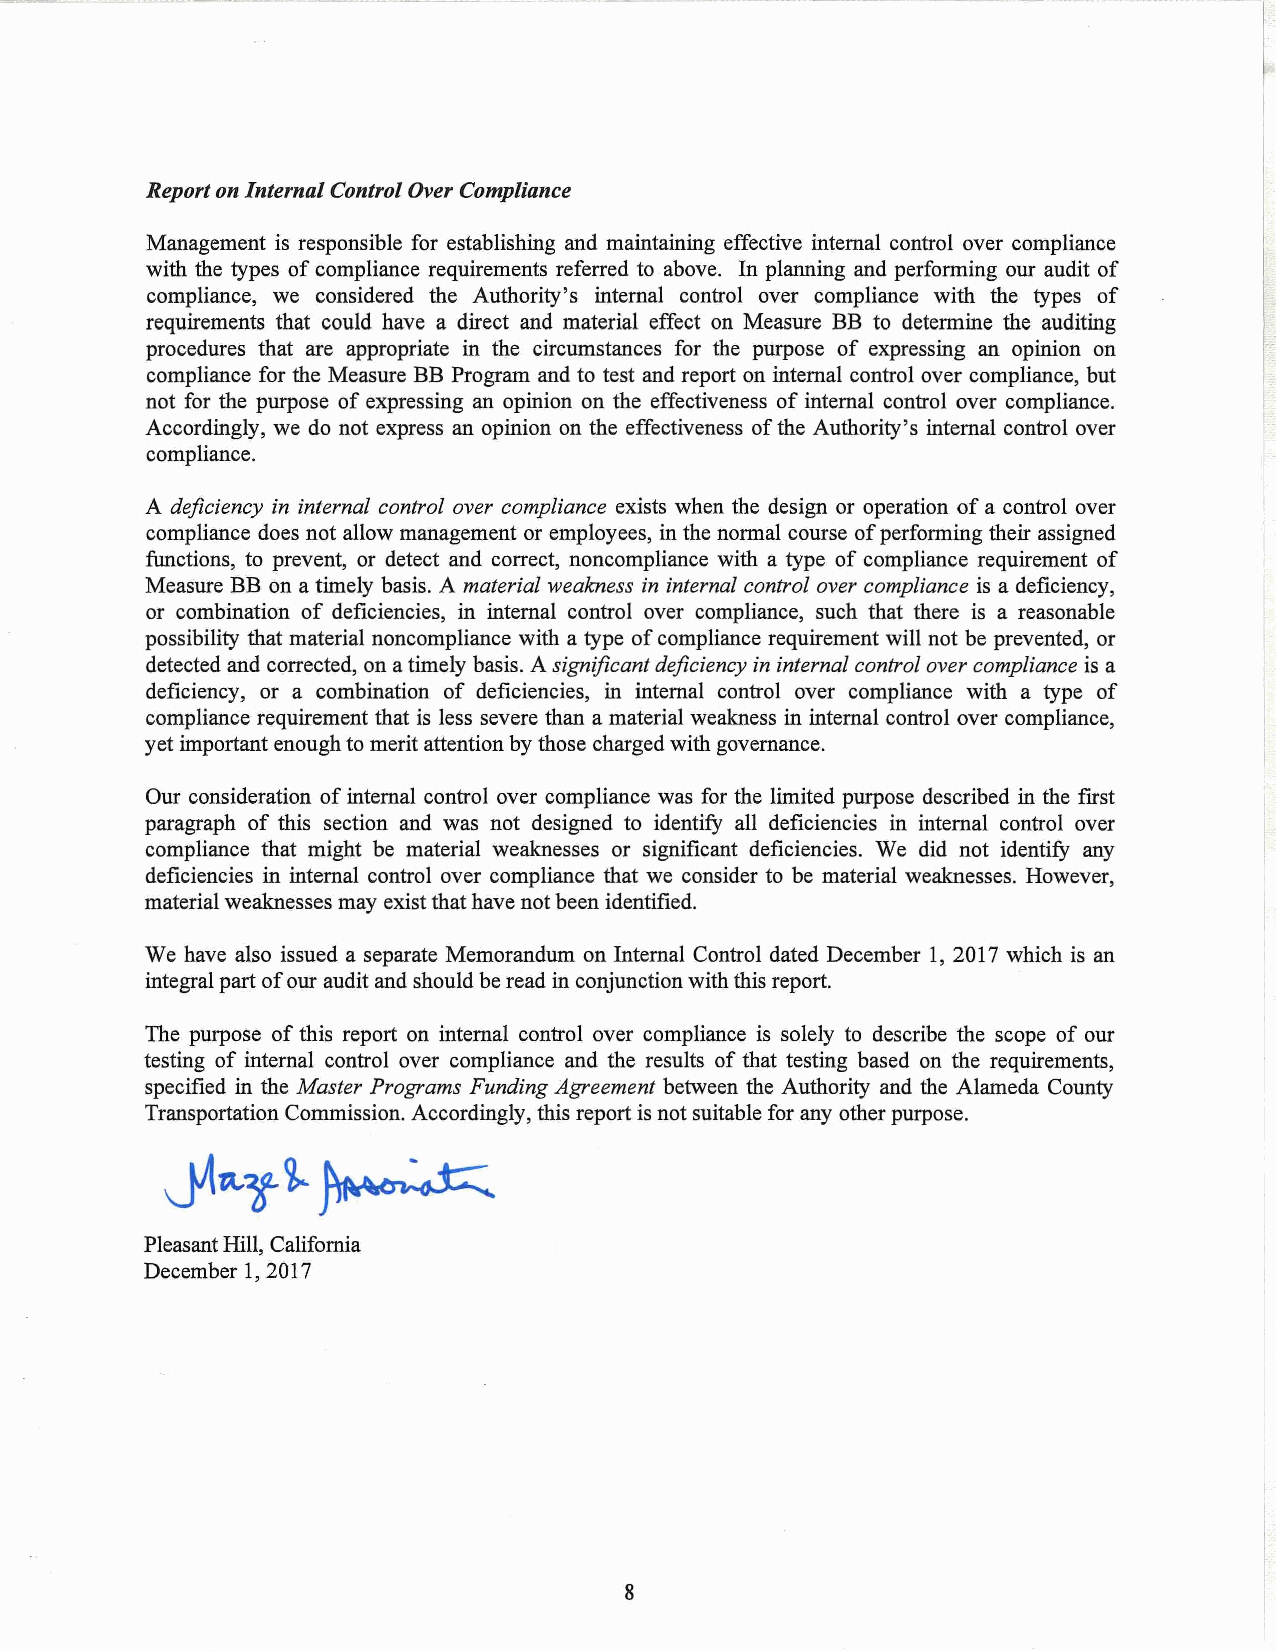
Report on Internal Control Over Compliance
 Management is responsible for establishing and maintaining effective internal control over compliance
 with the types of compliance requirements referred to above. In planning and performing our audit of
 compliance, we considered the Authority's internal control over compliance with the types of
 requirements that could have a direct and material effect on Measure BB to determine the auditing
 procedures that are appropriate in the circumstances for the purpose of expressing an opinion on
 compliance for the Measure BB Program and to test and report on internal control over compliance, but
 not for the purpose of expressing an opinion on the effectiveness of internal control over compliance.
 Accordingly, we do not express an opinion on the effectiveness of the Authority's internal control over
 compliance.
 A deficiency in internal control over compliance exists when the design or operation of a control over
 compliance does not allow management or employees, in the normal course of performing their assigned
 functions, to prevent, or detect and correct, noncompliance with a type of compliance requirement of
 Measure BB on a timely basis. A material weakness in internal control over compliance is a deficiency,
 or combination of deficiencies, in internal control over compliance, such that there is a reasonable
 possibility that material noncompliance with a type of compliance requirement will not be prevented, or
 detected and corrected, on a timely basis. A significant deficiency in internal control over compliance is a
 deficiency, or a combination of deficiencies, in internal control over compliance with a type of
 compliance requirement that is less severe than a material weakness in internal control over compliance,
 yet important enough to merit attention by those charged with governance.
 Our consideration of internal control over compliance was for the limited purpose described in the first
 paragraph of this section and was not designed to identify all deficiencies in internal control over
 compliance that might be material weaknesses or significant deficiencies. We did not identify any
 deficiencies in internal control over compliance that we consider to be material weaknesses. However,
 material weaknesses may exist that have not been identified.
 We have also issued a separate Memorandum on Internal Control dated December 1, 2017 which is an
 integral part of our audit and should be read in conjunction with this report.
 The purpose of this report on internal control over compliance is solely to describe the scope of our
 testing of internal control over compliance and the results of that testing based on the requirements,
 specified in the Master Programs Funding Agreement between the Authority and the Alameda County
 Transportation Commission. Accordingly, this report is not suitable for any other purpose.
 Pleasant Hill, California
 December 1, 2017
 8